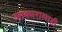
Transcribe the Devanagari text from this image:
आकारालाही